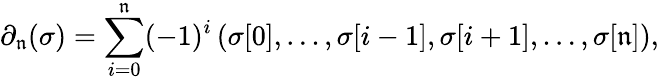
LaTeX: \partial_{\mathfrak{n}}(\sigma)=\sum_{i=0}^{\mathfrak{n}}(-1)^{i}\left(\sigma[0],\dots,\sigma[i-1],\sigma[i+1],\dots,\sigma[\mathfrak{n}]\right),